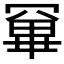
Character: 𭂂